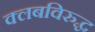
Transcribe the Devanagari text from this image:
क्लबविरुद्ध